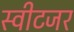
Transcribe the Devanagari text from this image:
स्वीटजर